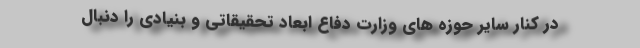
در کنار سایر حوزه های وزارت دفاع ابعاد تحقیقاتی و بنیادی را دنبال